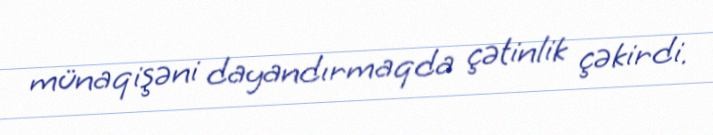
münaqişəni dayandırmaqda çətinlik çəkirdi.